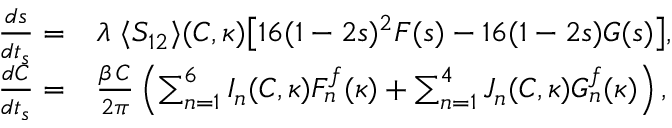
\begin{array} { r l } { \frac { d s } { d t _ { s } } = } & { \lambda \, \, \langle S _ { 1 2 } \rangle ( C , \kappa ) \big [ 1 6 ( 1 - 2 s ) ^ { 2 } F ( s ) - 1 6 ( 1 - 2 s ) G ( s ) \big ] , \, } \\ { \frac { d C } { d t _ { s } } = } & { \frac { \beta \, C } { 2 \pi } \left( \sum _ { n = 1 } ^ { 6 } I _ { n } ( C , \kappa ) F _ { n } ^ { f } ( \kappa ) + \sum _ { n = 1 } ^ { 4 } J _ { n } ( C , \kappa ) G _ { n } ^ { f } ( \kappa ) \right) , } \end{array}